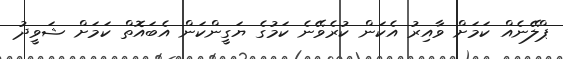
ޕްލޭނެއް ކަމަށް ވާއިރު އެކަން ކުރެވޭނެ ކަމުގެ ޔަގީންކަން އެބައޮތް ކަމަށް ޝަވީދު